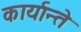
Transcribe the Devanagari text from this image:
कार्यान्ते